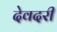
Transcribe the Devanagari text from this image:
देवदरी